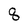
Character: q